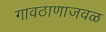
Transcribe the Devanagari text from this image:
गावठाणाजवळ